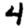
Digit: 4